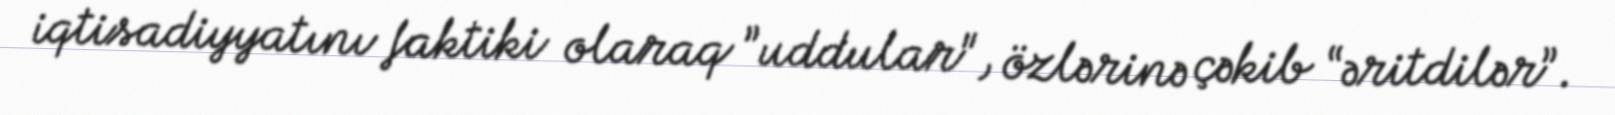
iqtisadiyyatını faktiki olaraq ”uddular", özlərinə çəkib “əritdilər”.